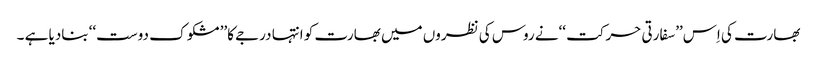
بھارت کی اِس’’سفارتی حرکت ‘‘نے روس کی نظروں میں بھارت کو انتہا درجے کا’’ مشکو ک دوست‘‘ بنادیا ہے ۔